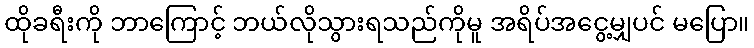
ထိုခရီးကို ဘာကြောင့် ဘယ်လိုသွားရသည်ကိုမူ အရိပ်အငွေ့မျှပင် မပြော။